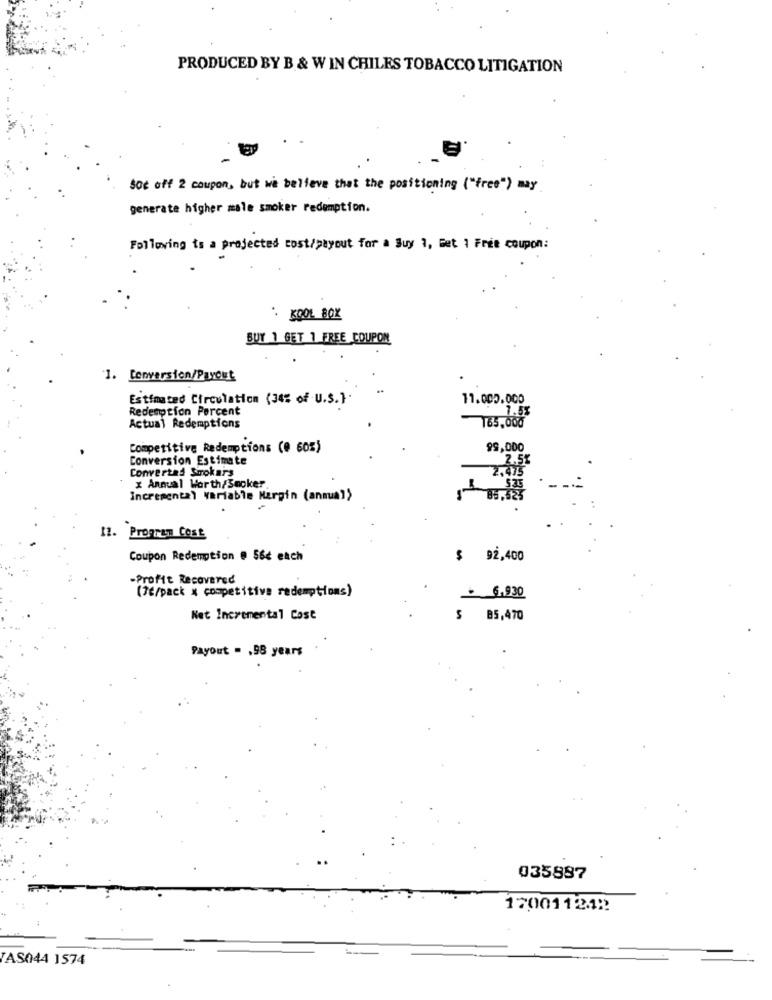
PRODUCED BY B & W IN CHILES TOBACCO LITIGATION
$0% off 2 coupon, but we believe that the positioning ("free") may
generate higher male smoker redemption.
Following ts a projected cost/payout for a Suy 3, Bet 1 Free coupon:
: KOOL BOX
BUY 1 GET 1 FREE COUPON
1. Conversion/Payout
Estimated Circulation (34% of U.S.)
11.000.000
Redemption Percent
Actual Redemptions
Competitive Redemptions (0 60%)
99,000
Conversion Estimate
2.5%
Converted Srokars
2.475
x Annual Worth/Smoker.
Incremental variable Margin (annua">
11. Program Cost
Coupon Redemption @ S&c each
$ 92,400
-Profit Recovered
(76/pack x competitive redemptions)
+ 6.930
Net Incremental Cost
85,470
Payout . , 98 years
035887
170011212
TAS044 1574